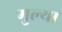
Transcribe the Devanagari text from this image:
मुल्या